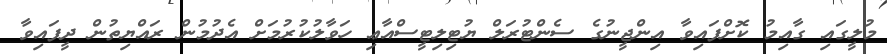
މުލީގައި ގާއިމު ކޮށްފައިވާ އިންޖީނުގެ ސެންޓުރަލް ޔުޓިލިޓީސްއާޢި ހަވާލުކުރުމަށް އެދުމުން ރައްޔިތުން ދީފައިވާ